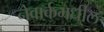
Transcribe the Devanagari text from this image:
नेवार्कमधील